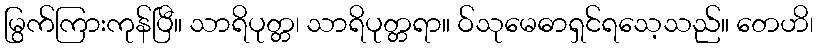
မြွက်ကြားကုန်ပြီ။ သာရိပုတ္တ၊ သာရိပုတ္တရာ။ ဝ်သုမေဓာရှင်ရသေ့သည်။ တေဟိ၊